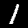
Digit: 1